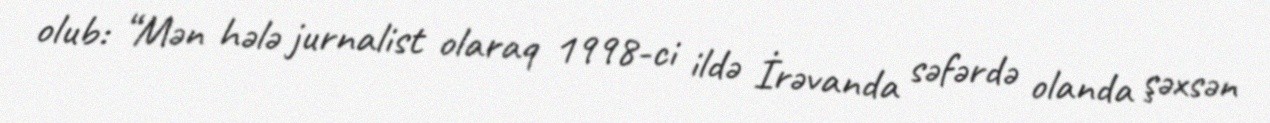
olub: “Mən hələ jurnalist olaraq 1998-ci ildə İrəvanda səfərdə olanda şəxsən